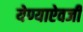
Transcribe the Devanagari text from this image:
येण्याऐवजी